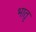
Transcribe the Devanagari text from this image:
भातृ